Report on vaccination in the Province of Bengal - 1869-1873
Year: 1869
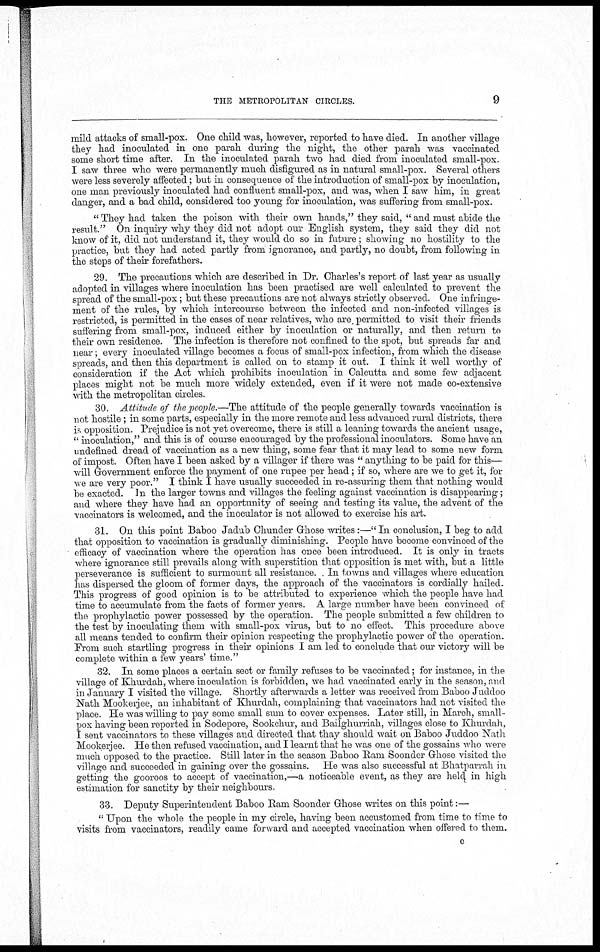
THE METROPOLITAN CIRCLES.
9
mild attacks of small-pox. One child was, however, reported to have died. In another village
they had inoculated in one parah during the night, the other parah was vaccinated
some short time after. In the inoculated parah two had died from inoculated small-pox.
I saw three who were permanently much disfigured as in natural small-pox. Several others
were less severely affected; but in consequence of the introduction of small-pox by inoculation,
one man previously inoculated had confluent small-pox, and was, when I saw him, in great
danger, and a bad child, considered too young for inoculation, was suffering from small-pox.
" They had taken the poison with their own hands," they said, " and must abide the
result." On inquiry why they did not adopt our English system, they said they did not
know of it, did not understand it, they would do so in future; showing no hostility to the
practice, but they had acted partly from ignorance, and partly, no doubt, from following in
the steps of their forefathers.
29. The precautions which are described in Dr. Charles's report of last year as usually
adopted in villages where inoculation has been practised are well calculated to prevent the
spread of the small-pox; but these precautions are not always strictly observed. One infringe-
ment of the rules, by which intercourse between the infected and non-infected villages is
restricted, is permitted in the cases of near relatives, who are permitted to visit their friends
suffering from small-pox, induced either by inoculation or naturally, and then return to
their own residence. The infection is therefore not confined to the spot, but spreads far and
near; every inoculated village becomes a focus of small-pox infection, from which the disease
spreads, and then this department is called on to stamp it out. I think it well worthy of
consideration if the Act which prohibits inoculation in Calcutta and some few adjacent
places might not be much more widely extended, even if it were not made co-extensive
with the metropolitan circles.
30. Attitude of the people.—The attitude of the people generally towards vaccination is
not hostile; in some parts, especially in the more remote and less advanced rural districts, there
is opposition. Prejudice is not yet overcome, there is still a leaning towards the ancient usage,
" inoculation," and this is of course encouraged by the professional inoculators. Some have an
undefined dread of vaccination as a new thing, some fear that it may lead to some new form
of impost. Often have I been asked by a villager if there was " anything to be paid for this—
will Government enforce the payment of one rupee per head; if so, where are we to get it, for
we are very poor." I think I have usually succeeded in re-assuring them that nothing would
be exacted. In the larger towns and villages the feeling against vaccination is disappearing;
and where they have had an opportunity of seeing and testing its value, the advent of the
vaccinators is welcomed, and the inoculator is not allowed to exercise his art.
31. On this point Baboo Jadub Chunder Ghose writes:—" In conclusion, I beg to add
that opposition to vaccination is gradually diminishing. People have become convinced of the
efficacy of vaccination where the operation has once been introduced. It is only in tracts
where ignorance still prevails along with superstition that opposition is met with, but a little
perseverance is sufficient to surmount all resistance. In towns and villages where education
has dispersed the gloom of former days, the approach of the vaccinators is cordially hailed.
This progress of good opinion is to be attributed to experience which the people have had
time to accumulate from the facts of former years. A large number have been convinced of
the prophylactic power possessed by the operation. The people submitted a few children to
the test by inoculating them with small-pox virus, but to no effect. This procedure above
all means tended to confirm their opinion respecting the prophylactic power of the operation.
From such startling progress in their opinions I am led to conclude that our victory will be
complete within a few years' time."
32. In some places a certain sect or family refuses to be vaccinated; for instance, in the
village of Khurdah, where inoculation is forbidden, we had vaccinated early in the season, and
in January I visited the village. Shortly afterwards a letter was received from Baboo Juddoo
Nath Mookerjee, an inhabitant of Khurdah, complaining that vaccinators had not visited the
place. He was willing to pay some small sum to cover expenses Later still, in March, small-
pox having been reported in Sodepore, Sookchur, and Bailghurriah, villages close to Khurdah,
I sent vaccinators to these villages and directed that thay should wait on Baboo Juddoo Nath
Mookerjee. He then refused vaccination, and I learnt that he was one of the gossains who were
much opposed to the practice. Still later in the season Baboo Ram Soonder Ghose visited the
village and succeeded in gaining over the gossains. He was also successful at Bhatparrah in
getting the gooroos to accept of vaccination,—a noticeable event, as they are held in high
estimation for sanctity by their neighbours
33. Deputy Superintendent Baboo Ram Soonder Ghose writes on this point:—
" Upon the whole the people in my circle, having been accustomed from time to time to
visits from vaccinators, readily came forward and accepted vaccination when offered to them.
c